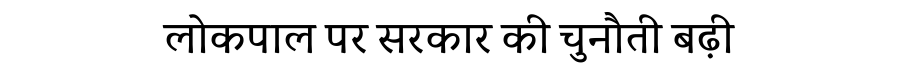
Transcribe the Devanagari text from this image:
लोकपाल पर सरकार की चुनौती बढ़ी